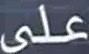
على